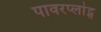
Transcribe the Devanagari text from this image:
पावरप्लांट्स